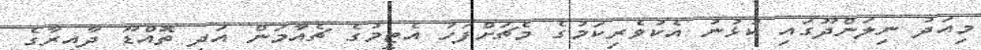
މިއަދު ނިލަންދޫގައި ކުޅުނު އެކުވެރިކަމުގެ މެޗަށްފަހު އެޓީމުގެ ޗެއާމަން އަދި ތޮއްޑޫ ދާއިރާގެ